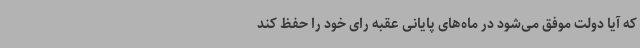
که آیا دولت موفق می‌شود در ماه‌های پایانی عقبه رای خود را حفظ کند